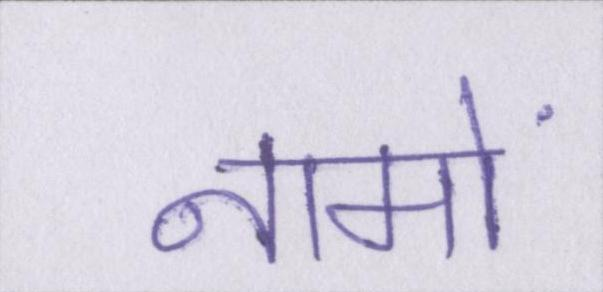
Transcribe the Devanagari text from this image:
नामों